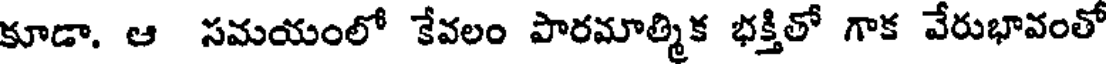
కూడా. ఆ సమయంలో కేవలం పారమాత్మిక భక్తితో గాక వేరుభావంతో